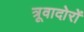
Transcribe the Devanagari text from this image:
त्रूवादोरों